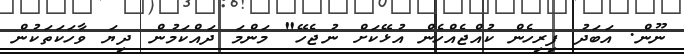
ނޫން. އަބަދު ފިރިހެން ކުއްޖެއްހެން އުޅޭކަށް ނުޖެހޭ" މަންމަ ދައްކަމުން ދިޔަ ވާހަކަތަކުން